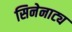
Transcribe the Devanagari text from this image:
सिनेनाट्य